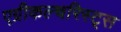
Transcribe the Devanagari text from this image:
एग्रीकल्चरिस्ट्स